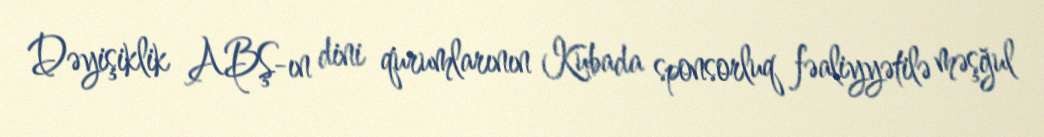
Dəyişiklik ABŞ-ın dini qurumlarının Kubada sponsorluq fəaliyyətilə məşğul